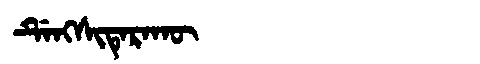
Manchu: ᡩᡝᠩᠰᡳᡨᡝᡵᠠᡴᡡ
Romanization: DENGSITERAKŪ